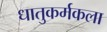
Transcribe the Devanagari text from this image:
धातुकर्मकला